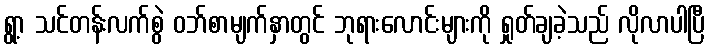
ရွာ့ သင်တန်းလက်စွဲ ဝဘ်စာမျက်နှာတွင် ဘုရားလောင်းများကို ရှုတ်ချခဲ့သည် လိုလာပါပြီ